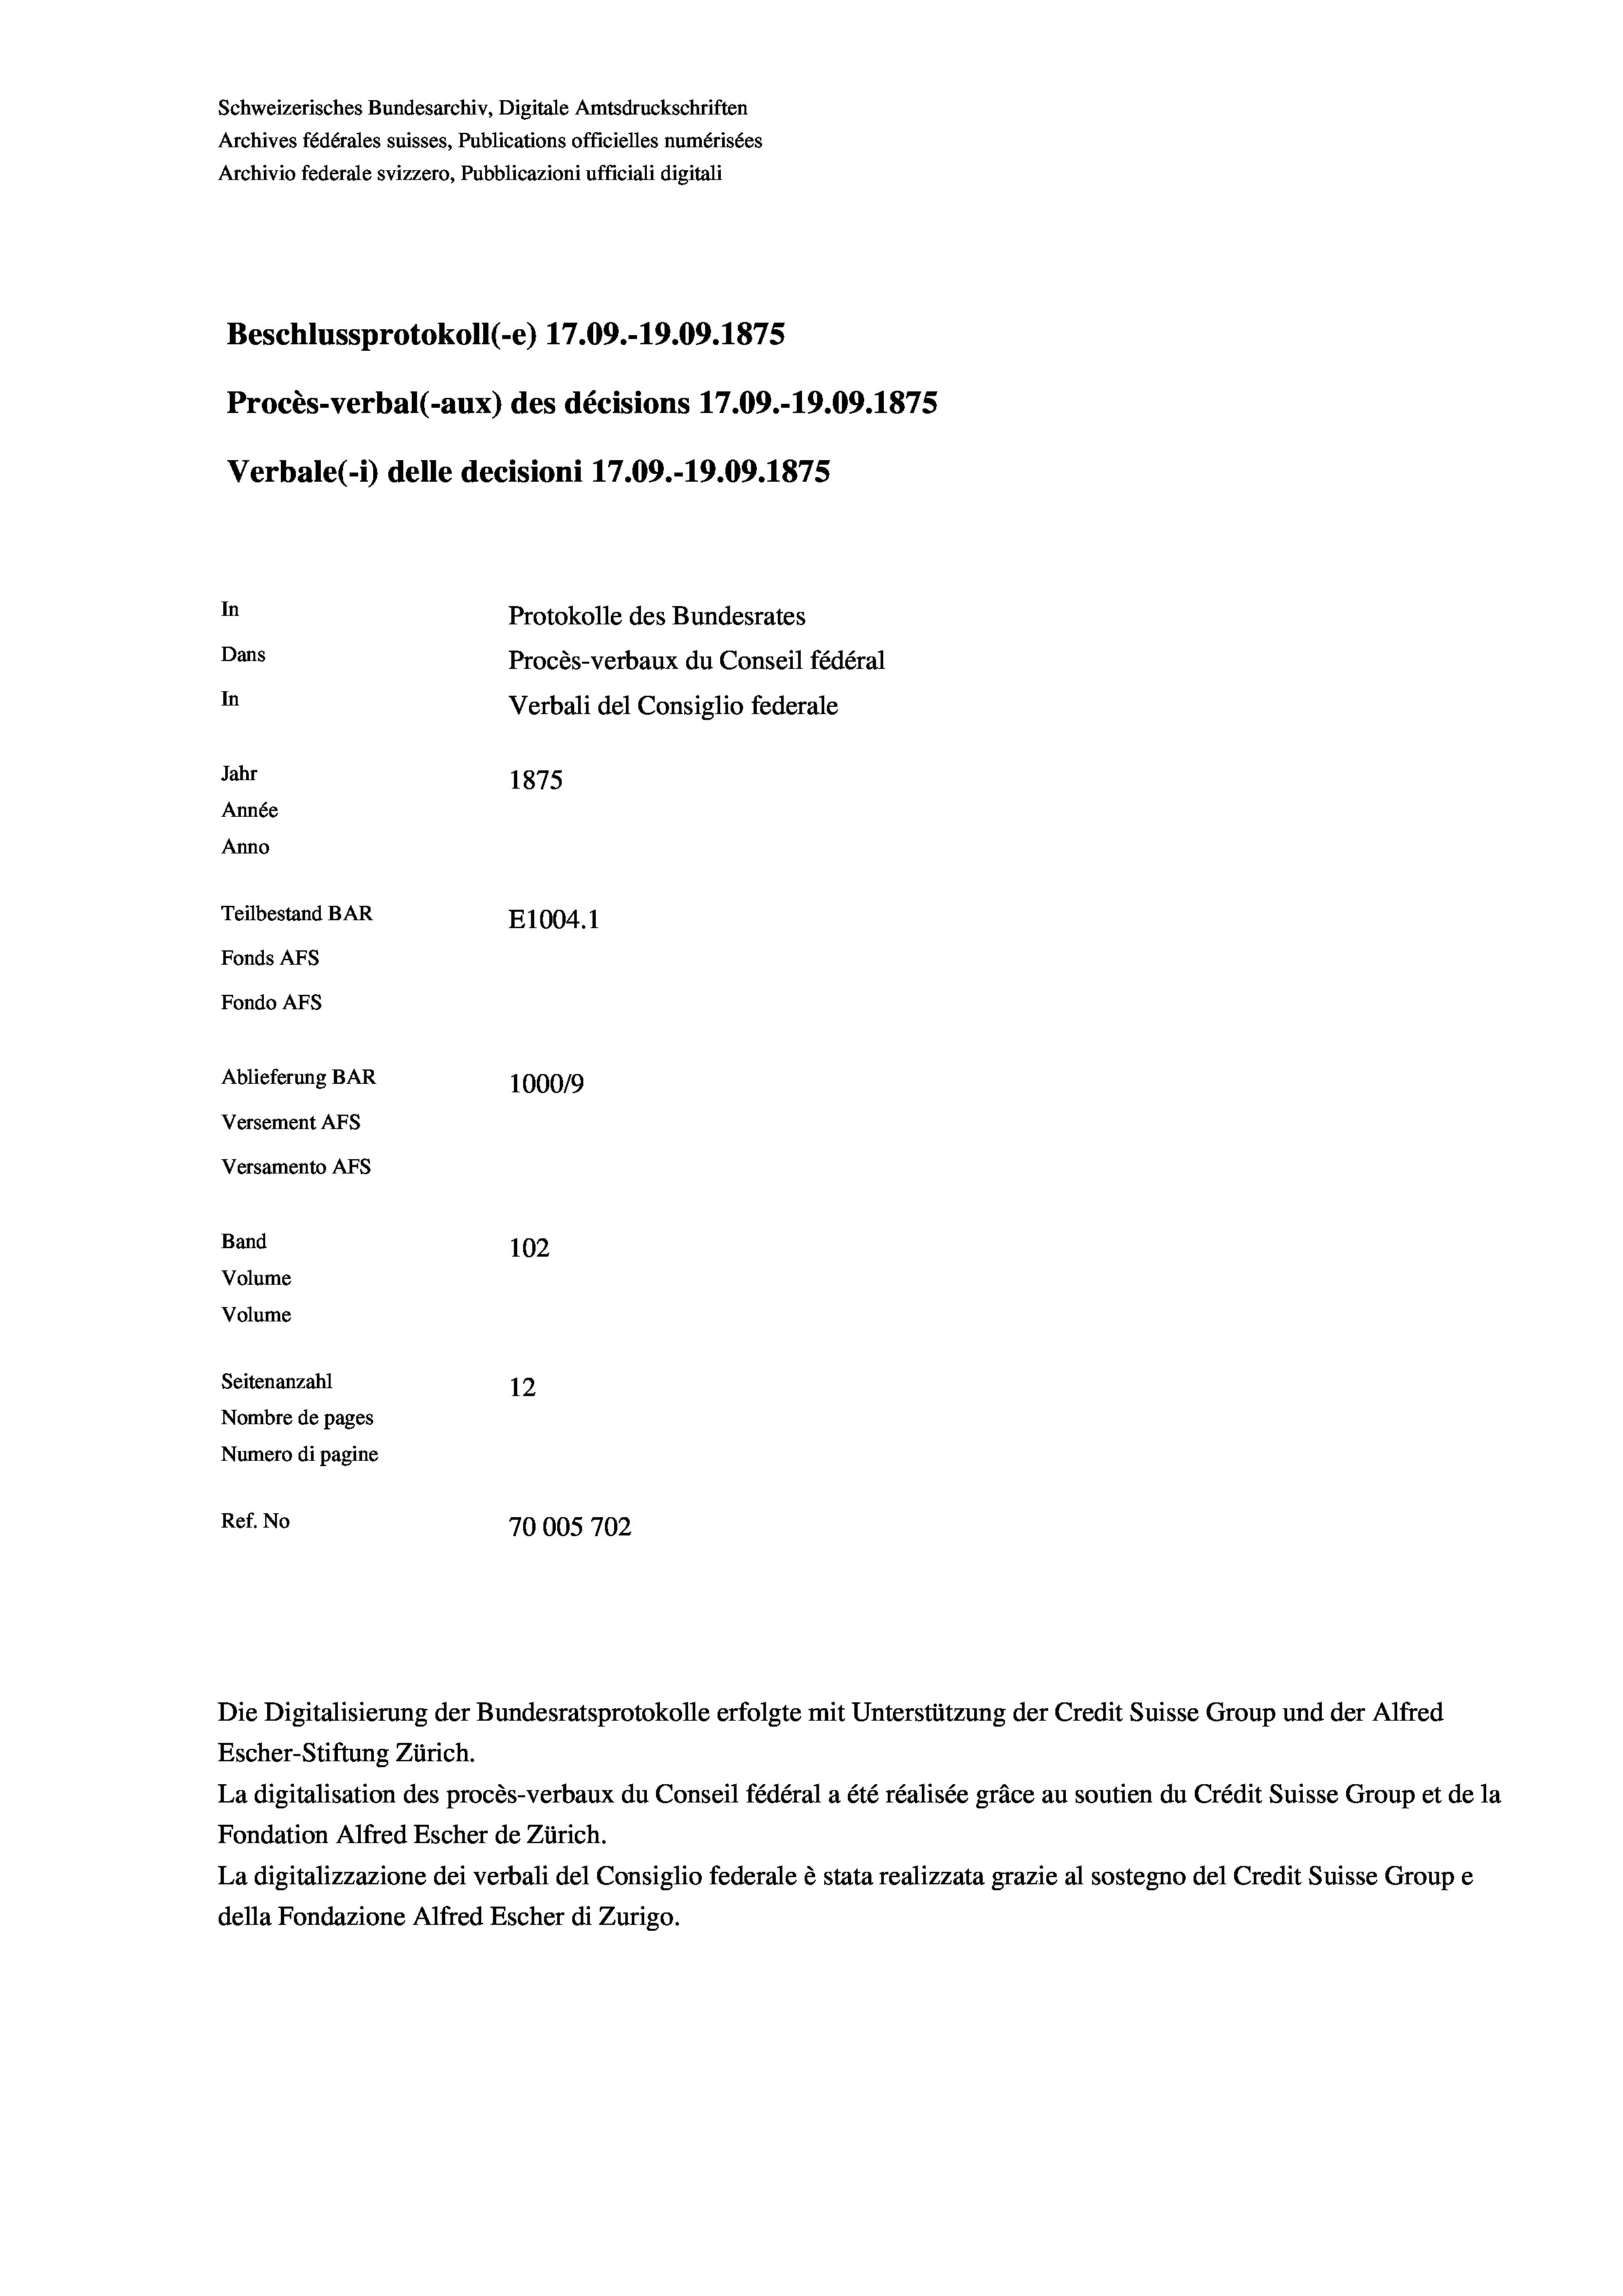
Schweizerisches Bundesarchiv, Digitale Amtsdruckschriften
Archives fédérales suisses, Publications officielles numérisées
Archivio federale svizzero, Pubblicazioni ufficiali digitali
Beschlussprotokoll (-e) 17.09.-19.09. 1875
Procès-verbal (-aux) des décisions 17.09.-19.09. 1875
Verbale(-*) delle decisioni 17.09.-19.09. 1875
In
Protokolle des Bundesrates
Dans
Procès-verbaux du Conseil fédéral
In
Verbali del Consiglio federale
Jahr
1875
Année
Anno
Teilbestand BAR
E1004.1
Fonds AFs
Fondo Afs
Ablieferung BAR
100019
Versement AFs
Versamento Afs
Band
102
Volume
Volume
Seitenanzahl
12
Nombre de pages
Numero di pagine
Ref. No
70005702

Die Digitalisierung der Bundesratsprotokolle erfolgte mit Unterstützung der Credit Suisse Group und der Alfred
Escher-Stiftung Zürich.
La digitalisation des procès-verbaux du Conseil fédéral a été réalisée gräce au soutien du Crédit Suisse Group et de la
Fondation Alfred Escher de Zürich.
La digitalizzazione dei verbali del Consiglio federale è stata realizzata grazie al sostegno del Credit Suisse Groupe
della Fondazione Alfred Escher di Zurigo.